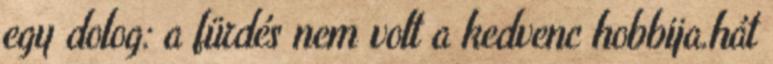
egy dolog: a fürdés nem volt a kedvenc hobbija.hát